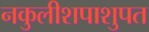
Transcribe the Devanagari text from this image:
नकुलीशपाशुपत